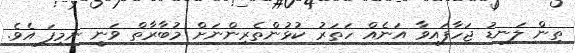
ތިން ލަނޑު ޖަހާފައިވާ އަނެއް ހަތަރު ކުޅުންތެރިންނަށް މުބާރާތް ވަނީ ނިމިފަ އެވެ.